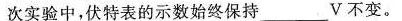
次实验中，伏特表的示数始终保持_V不变。